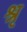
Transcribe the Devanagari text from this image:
श्रृ